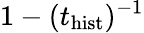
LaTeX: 1-(t_{\mathrm{hist}})^{-1}